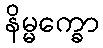
နိမ္မက္ခော